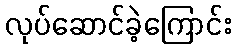
လုပ်ဆောင်ခဲ့ကြောင်း